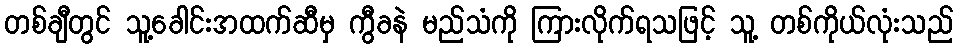
တစ်ချီတွင် သူ့ခေါင်းအထက်ဆီမှ ကွီခနဲ မည်သံကို ကြားလိုက်ရသဖြင့် သူ့ တစ်ကိုယ်လုံးသည်